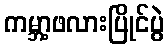
ကမ္ဘာ့ဖလားပြိုင်ပွဲ